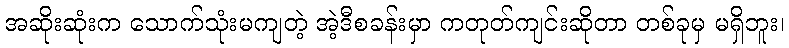
အဆိုးဆုံးက သောက်သုံးမကျတဲ့ အဲ့ဒီစခန်းမှာ ကတုတ်ကျင်းဆိုတာ တစ်ခုမှ မရှိဘူး၊